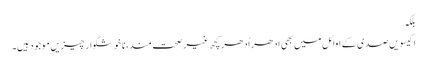
بلکہ
اکیسویں صدی کے اوائل میں بھی ادھر اُدھر کچھ غیر صحت مند، نا خوشگوار چیزیں موجود ہیں۔